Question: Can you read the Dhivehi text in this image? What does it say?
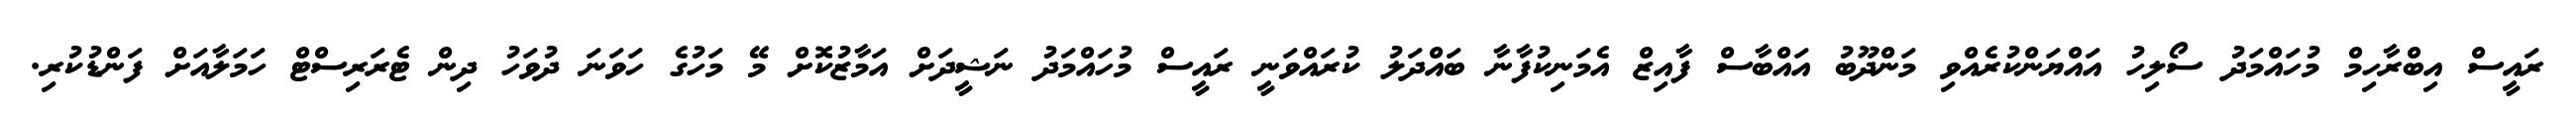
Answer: ރައީސް އިބްރާހިމް މުހައްމަދު ސޯލިހު އައްޔަންކުރެއްވި މަންދޫބު އައްބާސް ފާއިޒް އެމަނިކުފާނާ ބައްދަލު ކުރައްވަނީ ރައީސް މުހައްމަދު ނަޝީދަށް އަމާޒުކޮށް މޭ މަހުގެ ހަވަނަ ދުވަހު ދިން ޓެރަރިސްޓް ހަމަލާއަށް ފަންޑުކުރި.